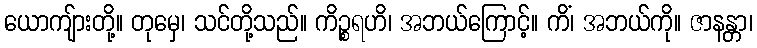
ယောကျ်ားတို့။ တုမှေ၊ သင်တို့သည်။ ကိဉ္စရဟိ၊ အဘယ်ကြောင့်။ ကိံ၊ အဘယ်ကို။ ဇာနန္တာ၊